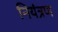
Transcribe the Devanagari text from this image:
नियंत्रण